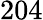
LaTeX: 204